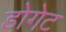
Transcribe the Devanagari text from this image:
डोगेट